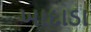
ખાદાડા